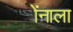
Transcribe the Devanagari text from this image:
ॲनाला